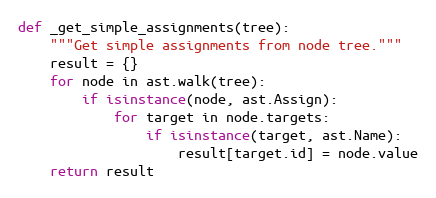
Language: Python
def _get_simple_assignments(tree):
    """Get simple assignments from node tree."""
    result = {}
    for node in ast.walk(tree):
        if isinstance(node, ast.Assign):
            for target in node.targets:
                if isinstance(target, ast.Name):
                    result[target.id] = node.value
    return result